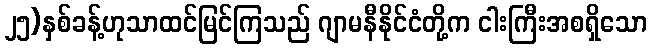
၂၅)နှစ်ခန့်ဟုသာထင်မြင်ကြသည် ဂျာမနီနိုင်ငံတို့က ငါးကြီးအစရှိသော